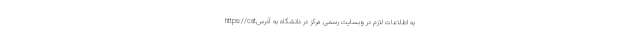
به اطلاعات لازم در وبسایت رسمی مرکز در دانشگاه به آدرسhttps://cat